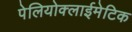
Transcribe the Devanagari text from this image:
पेलियोक्लाईमेटिक